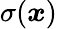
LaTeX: \sigma({\boldsymbol{\mathit{x}}})